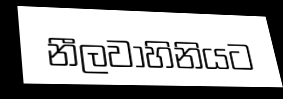
නීලවාහිනියට